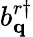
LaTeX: b_{\mathbf{q}}^{r\dagger}